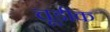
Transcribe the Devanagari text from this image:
चूडीक